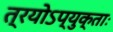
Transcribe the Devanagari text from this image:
त्रयोऽप्युक्ताः